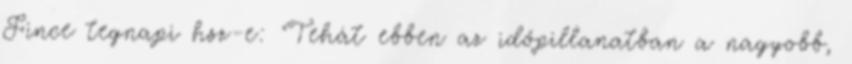
Fince tegnapi hsz-e: "Tehát ebben az időpillanatban a nagyobb,